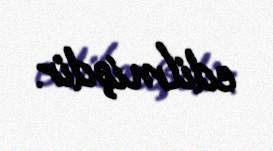
edilmişdir.